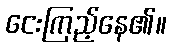
ငေးကြည့်နေ၏။